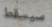
سيسقط